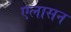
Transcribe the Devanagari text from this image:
एलासन